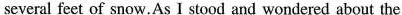
several feet of snow.As I stood and wondered about the